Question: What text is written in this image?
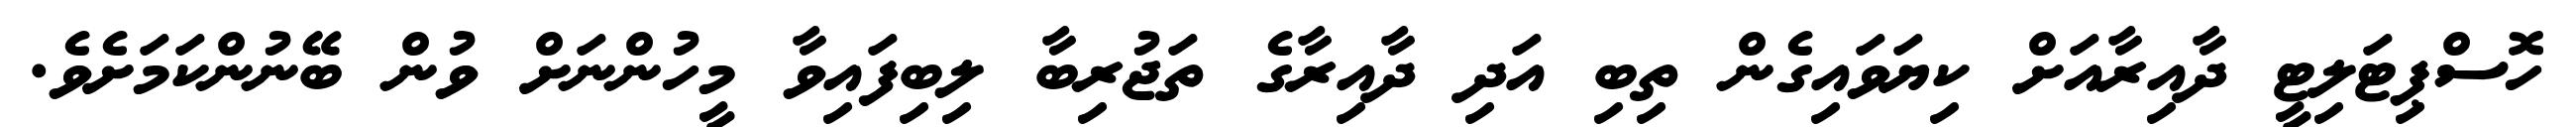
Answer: ހޮސްޕިޓަލިޓީ ދާއިރާއަށް ކިޔަވައިގެން ތިބި އަދި ދާއިރާގެ ތަޖުރިބާ ލިބިފައިވާ މީހުންނަށް ވުން ބޭނުންކަމަށެވެ.